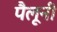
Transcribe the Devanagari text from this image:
पैलूनी